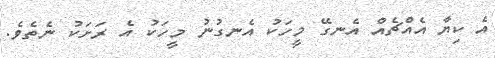
އެ ކިޔާ އެއްޗެއް އެނގޭ މީހަކު އެނގުނު މީހަކު އެ ރަށަކު ނެތެވެ.